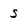
Character: s